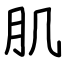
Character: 肌